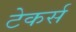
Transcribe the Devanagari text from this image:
टेकर्स